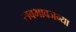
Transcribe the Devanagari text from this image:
सवभावजन्या